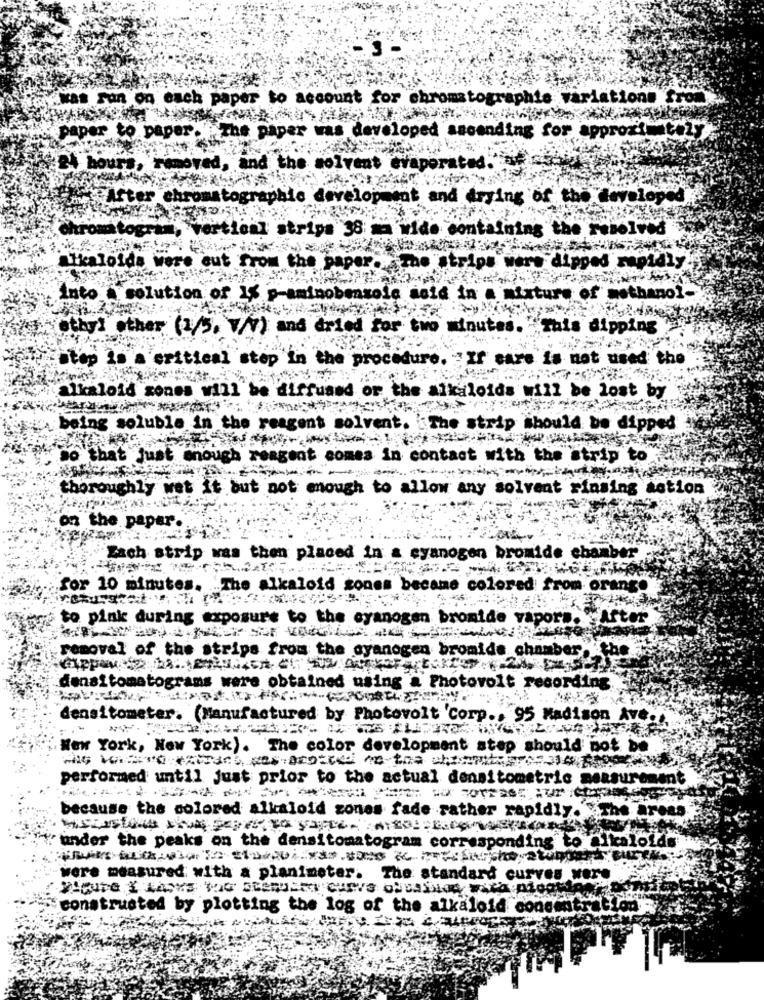
was son on each paper to account for chromatographie variations from
The paper was developed ascending for approximately
paper to paper.
24 hours, removed,
an
Ited.
After chr
ing of the deve
the resolved
alkaloids were out from th
dipped rapidly
into A solution of 13
-aminobensolo
lid in
mixture of methanol-
ethyl other (2/5, 7/Y) and dried for two minutes. "This dipping
Step 2
a critical stop In the procedure. If care is not used the
alkaloid xones will be diffuand or the alkaloids will be lost by
being soluble in the reagent solvent. The strip should be dipped
" so that just enough reagent comes in contact with the strip to
thoroughly wet it but not enough to allow any solvent rinsing action
on the paper ..
"Zach strip was then placed in a cyanogen bromide chamber
for 10 minutes. "The alkaloid zones became colored from orange
to pink during exposure to the cyanogen bromide vapor ..
After
removal of the strips from the cyanogen bromide chamber, the
densitomatograms were obtained using a Photovolt recording.
densitometer. (Manufactured by Photovolt Corp ., 95 Madison Ave.
New York, New York). The color development step should not be
performed until just prior to the actual densitometric measurement
because the colored alkaloid zones fade rather rapidly. . The areas
Yunder the peaks on the densitomatogram corresponding to
were measured with a planimeter.
The standard curves were
constructed by plotting the log of the alkaloid concentration